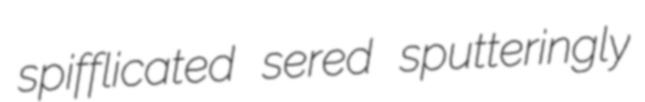
spifflicated sered sputteringly